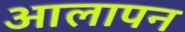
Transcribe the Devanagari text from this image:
आलापन